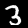
Digit: 3